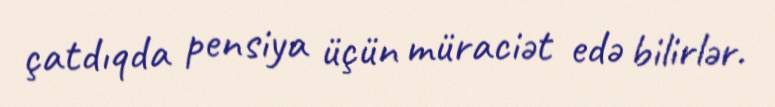
çatdıqda pensiya üçün müraciət edə bilirlər.